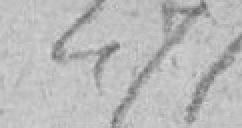
471